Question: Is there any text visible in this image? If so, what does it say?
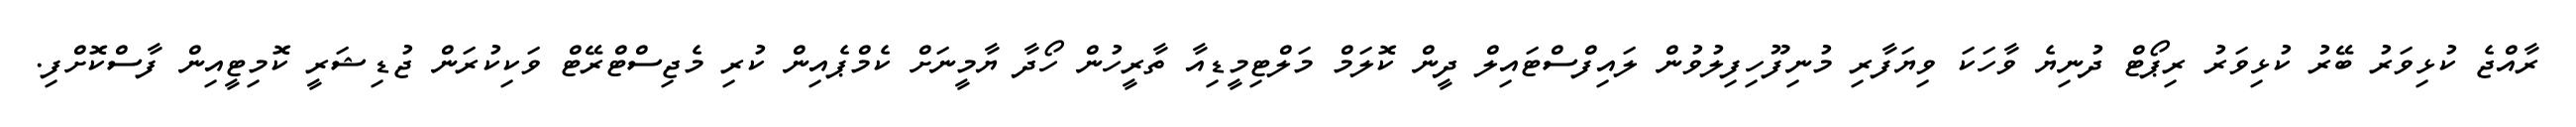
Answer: ރާއްޖެ ކުޅިވަރު ބޭރު ކުޅިވަރު ރިޕޯޓް ދުނިޔެ ވާހަކަ ވިޔަފާރި މުނިފޫހިފިލުވުން ލައިފްސްޓައިލް ދީން ކޮލަމް މަލްޓިމީޑިއާ ތާރީހުން ހޯދާ ޔާމީނަށް ކެމްޕެއިން ކުރި މެޖިސްޓްރޭޓް ވަކިކުރަން ޖުޑިޝަރީ ކޮމިޓީއިން ފާސްކޮށްފި.